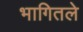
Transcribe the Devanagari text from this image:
भागितले